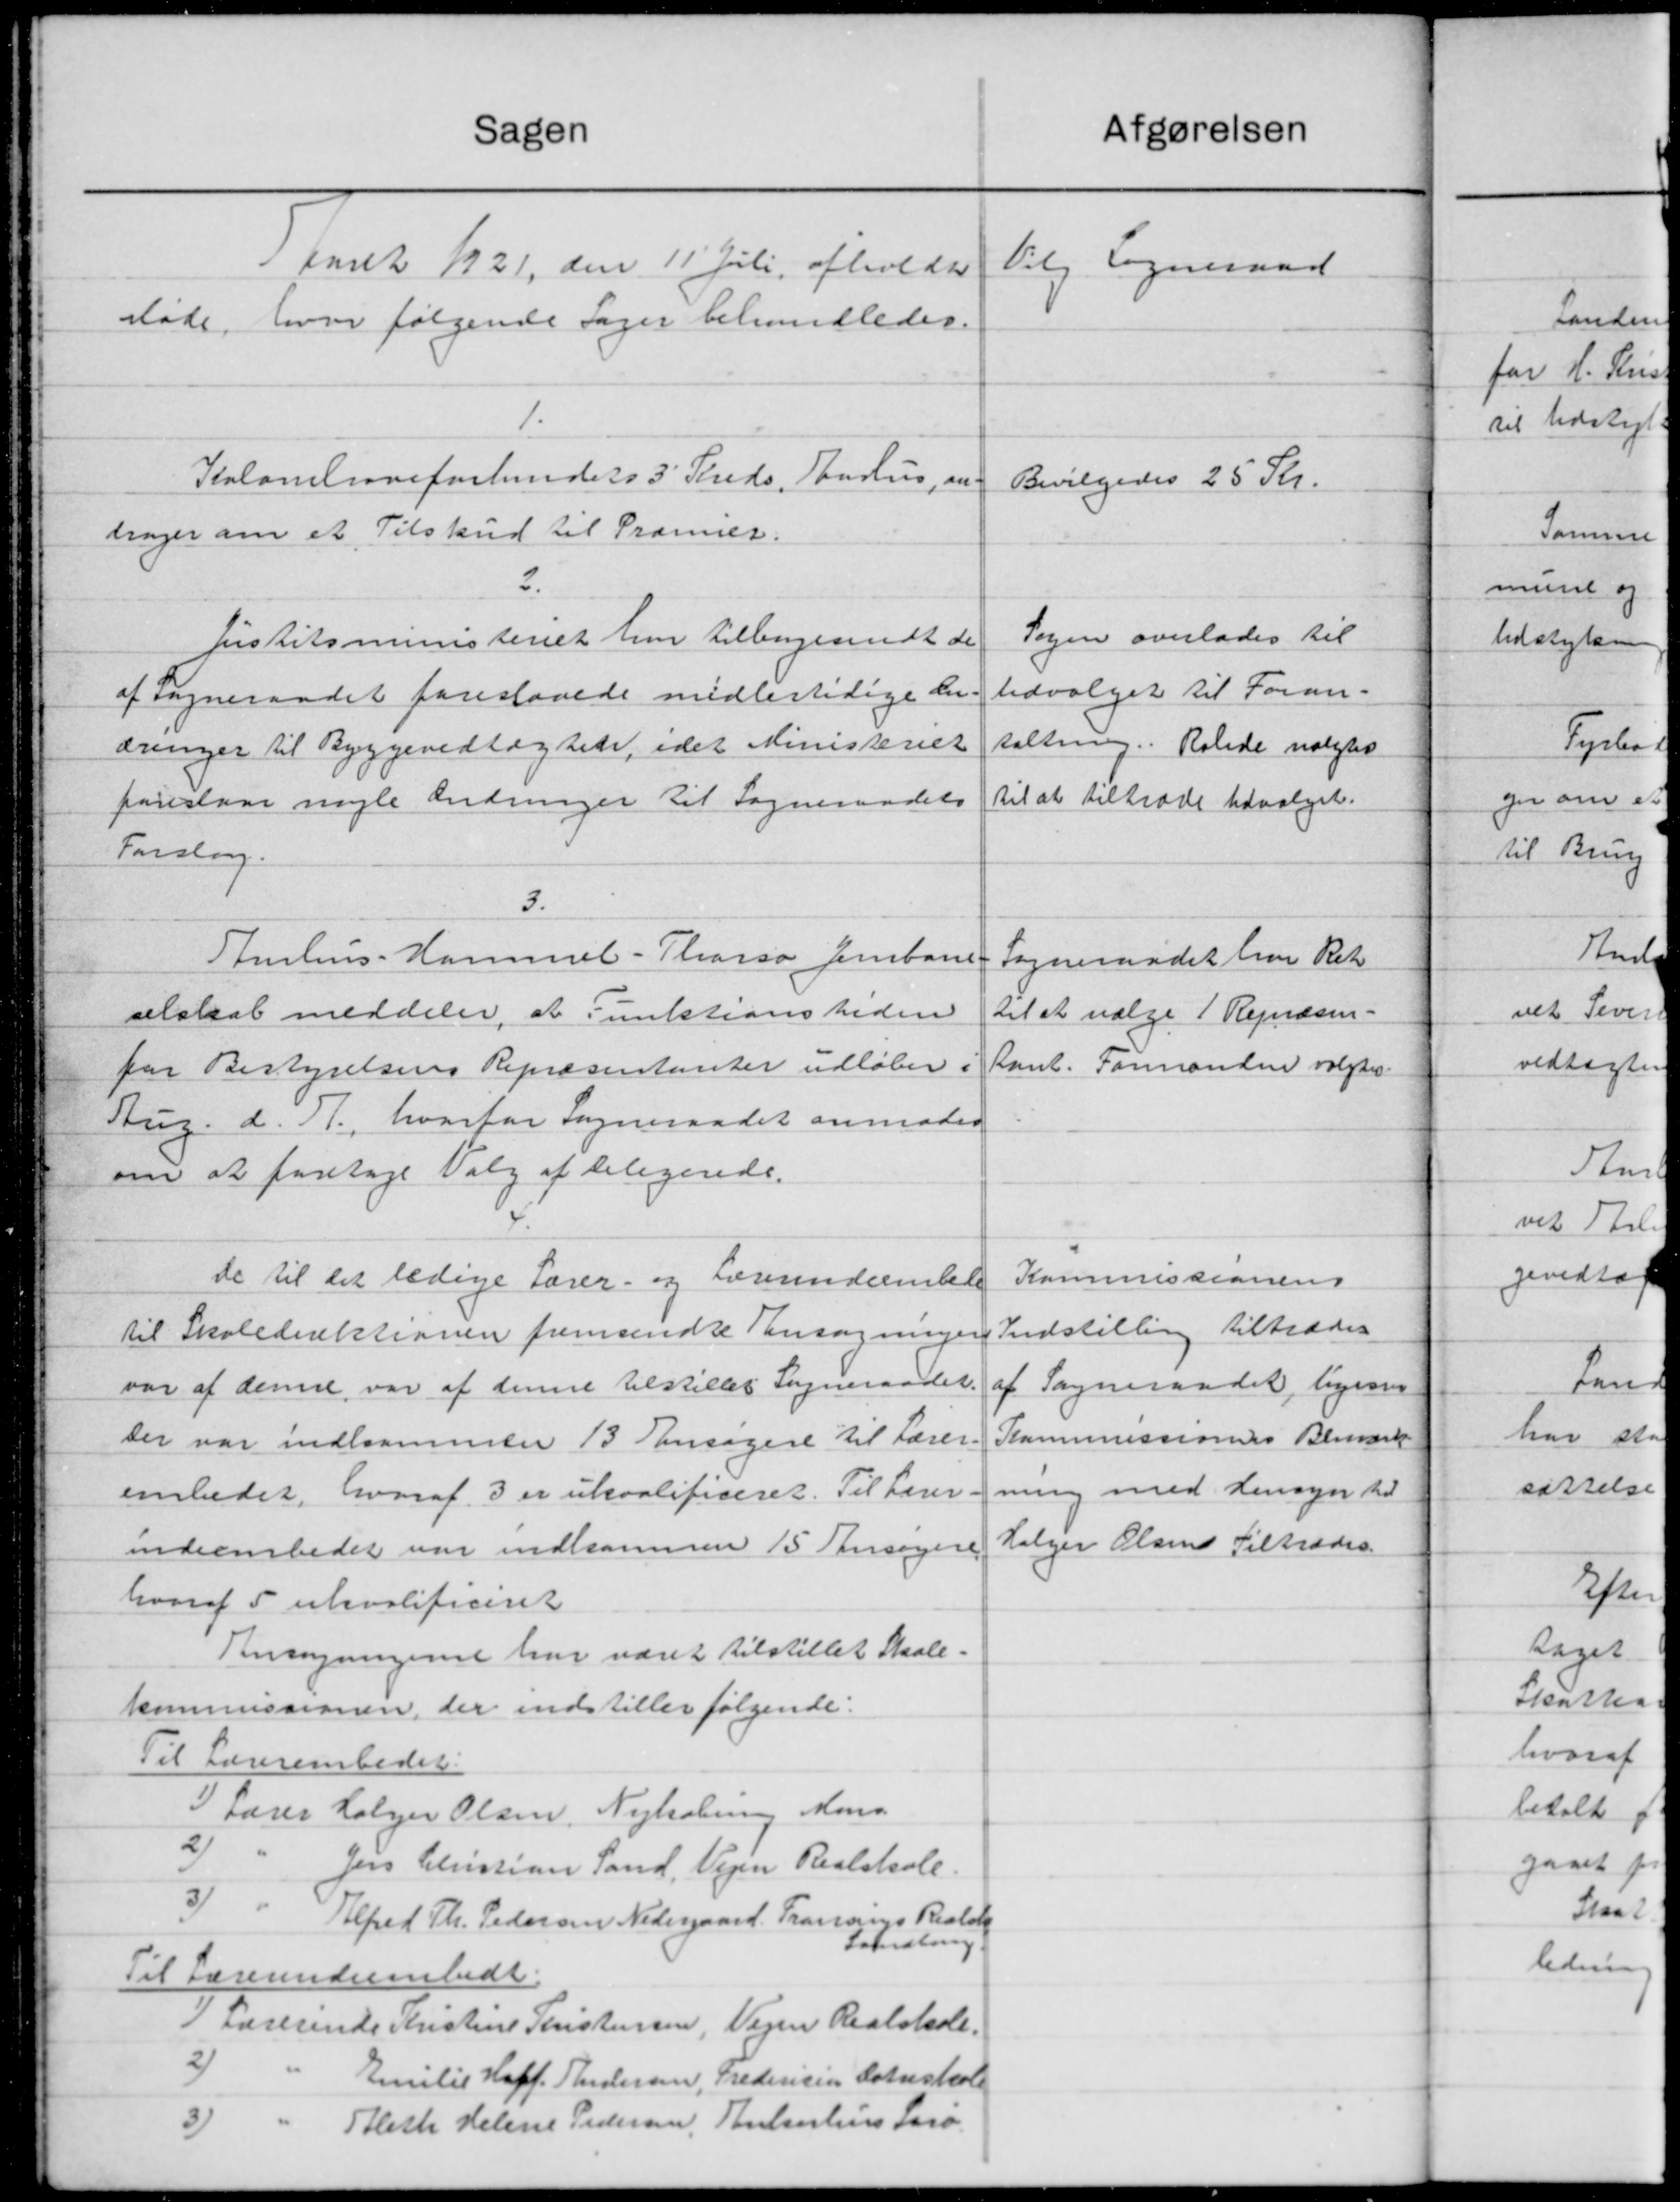
Transskription:
Sagen
Aaret 1921 den 11' Juli afholdtes
Møde, hvor følgende Sager behandledes.
1.
Kolonebroveforlundets 3' Kreds, Bahus, an-
drager om et Tilskud til Præmier.
2.
Justitsministeriet har tilbagesendt de
af Sogneraadet foreslaaede midlertidige der
æringer til Byggevedtægtede, idet Ministeriet
foreslaar nogle Ændringer til Sogneraadets
Forslag.
3.
Julius - Hammel-Thorsø Jernbane
selskab meddeler, at Punktionsheden
for Bestyrelsens Repræsentanter udløber.
Rug. d. 11, hvorfor Sogneraadet anmoder
om at foretage Valg af Delegende.
de til det ledige Lærer- og Lærerindeembel
til Skoledirektionen fremsendte Tansøgninger
var af denne var af denne tilstilles Sogneraadet
Der var indkommen 13 Ansøgere til Lærer
embedet, hvoraf 3 er ukontificeret. Til Lærer
indeembedet var indkommen 15 Ansøger
hvoraf 5 ukvalificeret
Tensøgningere har været tilstillet Skole-
kommissionen, der indstiller følgende:
Til Lærerembeder:
1) Lærer Holger Olsen, Nykøbing Mans
2
Jens Christian Sand, Vejen Realskole.
5 "
Alfred Th. Pedersen Nedergaard Transings Rester
haandling
Til Lærerindeembede.
 Lærerende Kristine Kristensen, Vejen Realskole.
2
Emilie Hoff. Andersen, Fredericia danskole
fleth Helene Pedersen, Tuberhus Lars
3